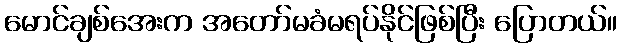
မောင်ချစ်အေးက အတော်မခံမရပ်နိုင်ဖြစ်ပြီး ပြောတယ်။